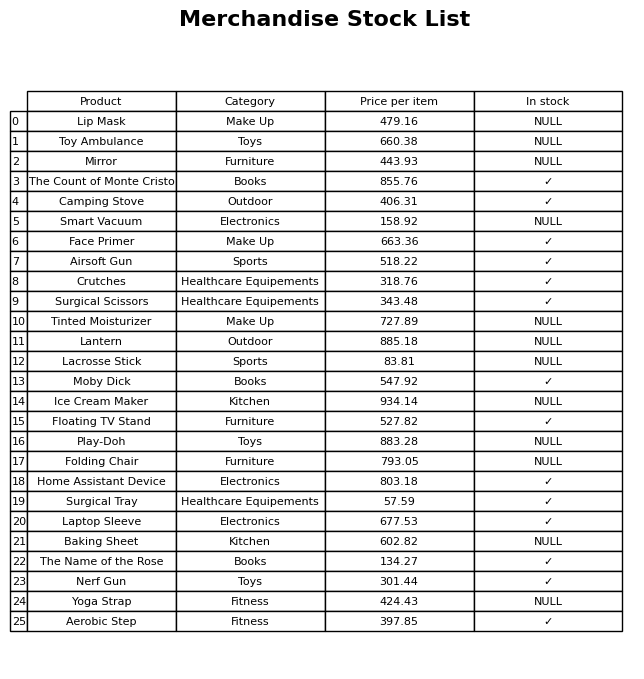
question: What is the price of the The Count of Monte Cristo?
answer: The price of The Count of Monte Cristo is 855.76.